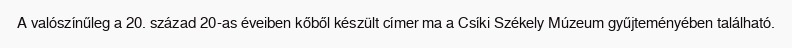
A valószínűleg a 20. század 20-as éveiben kőből készült címer ma a Csíki Székely Múzeum gyűjteményében található.